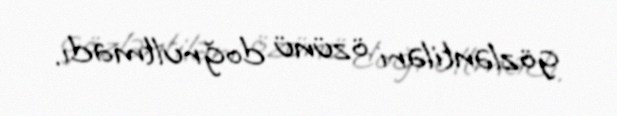
gözləntiləri özünü doğrultmadı.